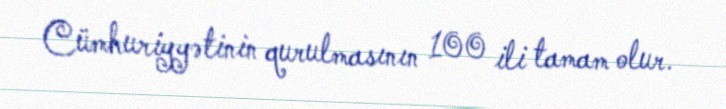
Cümhuriyyətinin qurulmasının 100 ili tamam olur.